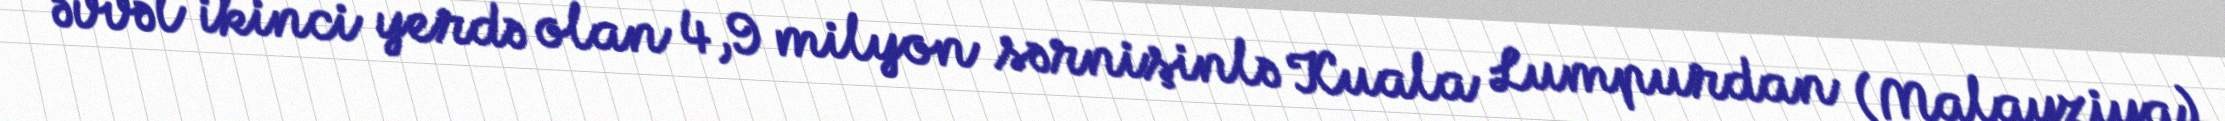
əvvəl ikinci yerdə olan 4,9 milyon sərnişinlə Kuala Lumpurdan (Malayziya)